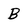
Character: B